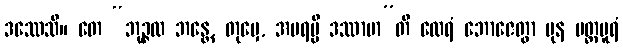
ဒဿေသိ။ တေ “ဘုဉ္ဇထ ဘန္တေ, တုမှေ, အပရမ္ပိ ဒဿာမာ”တိ ထေရံ ဘောဇေတွာ ပုန ပတ္တပူရံ